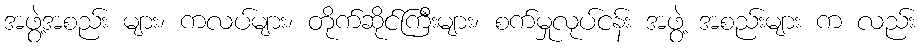
အဖွဲ့အစည်း များ၊ ကလပ်များ၊ တိုက်ဆိုင်ကြီးများ၊ စက်မှုလုပ်ငန်း အဖွဲ့ အစည်းများ က လည်း